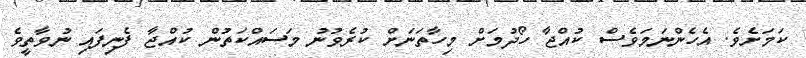
ކަމަށެވެ. އެހެންނަމަވެސް ކުއްޖާ ހޯދުމަށް މިހާތަނަށް ކުރެވުނު މަސައްކަތުން ކުއްޖާ ފެނިފައި ނުވާތީވެ